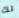
لك